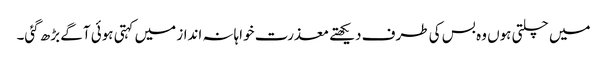
میں چلتی ہوں وہ بس کی طرف دیکھتے معذرت خواہانہ انداز میں کہتی ہوئی آگے بڑھ گئی۔